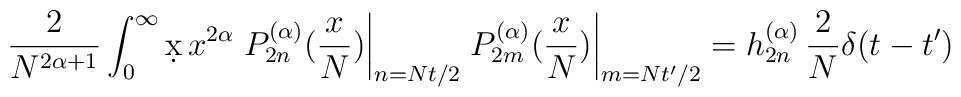
\frac{2}{N^{2\alpha+1}}\int_0^\infty \d x \,x^{2\alpha}\left. P^{(\alpha)}_{2n}(\frac{x}{N})\right|_{n=Nt/2} \left. P^{(\alpha)}_{2m}(\frac{x}{N})\right|_{m=Nt'/2}= h^{(\alpha)}_{2n}\,\frac2N \delta (t-t')